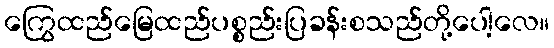
ကြွေထည်မြေထည်ပစ္စည်းပြခန်းစသည်တို့ပေါ့လေ။